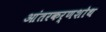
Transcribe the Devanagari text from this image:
आंतरकर्णशोथ